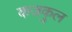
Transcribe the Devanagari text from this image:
कजकुल